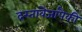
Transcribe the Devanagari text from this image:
दस्तावेजांपैकी